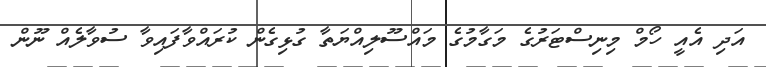
އަދި އެއީ ހޯމް މިނިސްޓަރުގެ މަގާމުގެ މައްސޫލިއްޔަތާ ގުޅިގެން ކުރައްވާފައިވާ ސުވާލެއް ނޫން